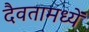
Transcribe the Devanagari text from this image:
दैवतामध्यें